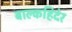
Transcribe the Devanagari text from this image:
बाल्कहिदेर